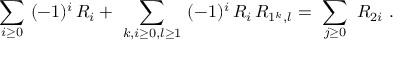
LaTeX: \sum _ { i \geq 0 } \ ( - 1 ) ^ { i } \, R _ { i } + \ \sum _ { k , i \geq 0 , l \geq 1 } \ ( - 1 ) ^ { i } \, R _ { i } \, R _ { 1 ^ { k } , l } = \ \sum _ { j \geq 0 } \ R _ { 2 i } \ .